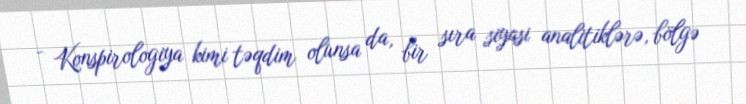
- Konspirologiya kimi təqdim olunsa da, bir sıra siyasi analitiklərə, bölgə